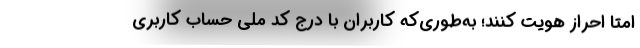
امتا احراز هویت کنند؛ به‌طوری‌که کاربران با درج کد ملی حساب کاربری